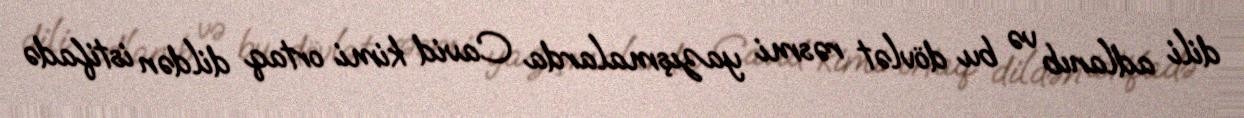
dili adlanıb və bu dövlət rəsmi yazışmalarda Cavid kimi ortaq dildən istifadə